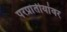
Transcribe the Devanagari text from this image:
परप्रांतीयांवर